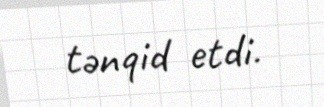
tənqid etdi.